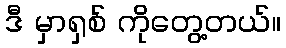
ဒီ မှာရှစ် ကိုတွေ့တယ်။